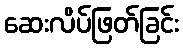
ဆေးလိပ်ဖြတ်ခြင်း